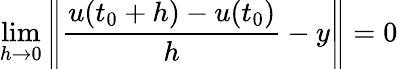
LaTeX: \operatorname*{lim}_{h\to 0}\left\| {\frac{u(t_{0}+h)-u(t_{0})}{h}}-y\right\| =0